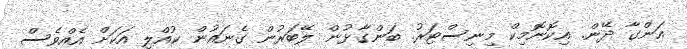
އަންގާ ދޭން. އިކޮނޮމިކް މިނިސްޓަރު. ބަންގާޅުން ލޭބަރުން ގެނައުން ކުއްލި އަކަށް އެއްވެސް